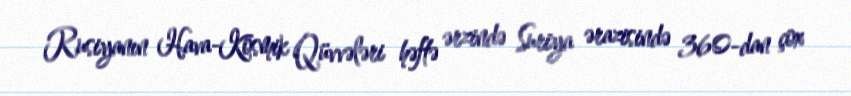
Rusiyanın Hava-Kosmik Qüvvələri həftə ərzində Suriya ərazisində 360-dan çox